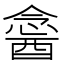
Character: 𨡣